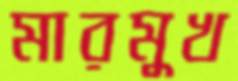
মারমুখ